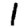
Digit: 1